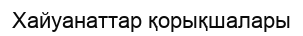
Хайуанаттар қорықшалары